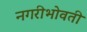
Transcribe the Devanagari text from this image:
नगरीभोवती